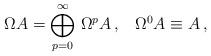
LaTeX: \begin{align*}\Omega A = \bigoplus^\infty_{p = 0} \,\Omega^p A \, , \, \, \, \, \, \Omega^0 A \equiv A \, ,\end{align*}